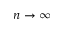
n \rightarrow \infty